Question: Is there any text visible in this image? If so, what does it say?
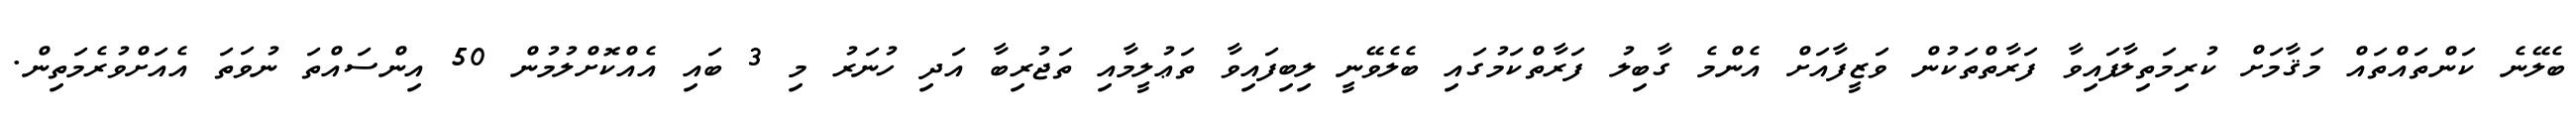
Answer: ބެލޭނެ ކަންތައްތައް މަޤާމަށް ކުރިމަތިލާފައިވާ ފަރާތްތަކުން ވަޒީފާއަށް އެންމެ ގާބިލު ފަރާތްކަމުގައި ބެލެވޭނީ ލިބިފައިވާ ތަޢުލީމާއި ތަޖުރިބާ އަދި ހުނަރު މި 3 ބައި އެއްކޮށްލުމުން 50 އިންސައްތަ ނުވަތަ އެއަށްވުރެމަތިން.